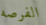
الفرصه